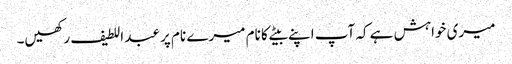
میری خواہش ہے کہ آپ اپنے بیٹے کا نام میرے نام پر عبد اللطیف رکھیں۔